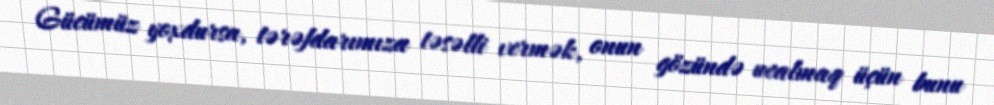
Gücümüz yoxdursa, tərəfdarımıza təsəlli vermək, onun gözündə ucalmaq üçün bunu